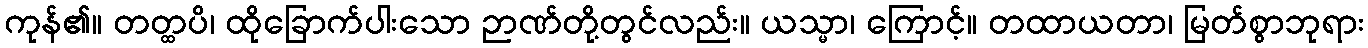
ကုန်၏။ တတ္ထပိ၊ ထိုခြောက်ပါးသော ဉာဏ်တို့တွင်လည်း။ ယသ္မာ၊ ကြောင့်။ တထာယတာ၊ မြတ်စွာဘုရား